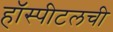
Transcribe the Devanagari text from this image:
हॉस्पीटलची